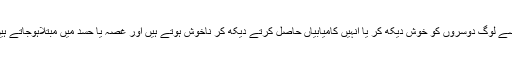
ایسے لوگ دوسروں کو خوش دیکھ کر یا اُنہیں کامیابیاں حاصل کرتے دیکھ کر ناخوش ہوتے ہیں اور غصہ یا حسد میں مبتلاہوجاتے ہیں۔